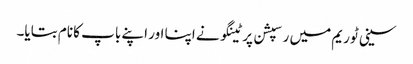
سینی ٹوریم میں رسپشن پر ٹینگو نے اپنا اور اپنے باپ کا نام بتایا۔